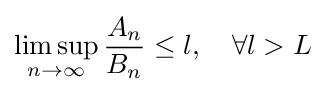
\limsup _{n\to \infty }{\frac {A_{n}}{B_{n}}}\leq l,\quad \forall l>L